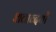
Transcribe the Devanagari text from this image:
शताब्दयों